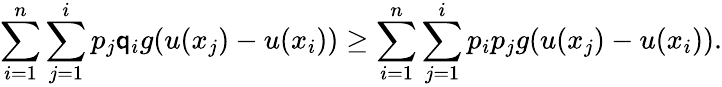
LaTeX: \sum_{i=1}^{n}\sum_{j=1}^{i}p_{j}\mathsf{q}_{i}g(u(x_{j})-u(x_{i}))\geq\sum_{i=1}^{n}\sum_{j=1}^{i}p_{i}p_{j}g(u(x_{j})-u(x_{i})).